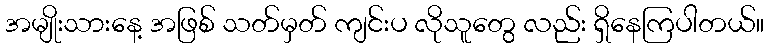
အမျိုးသားနေ့ အဖြစ် သတ်မှတ် ကျင်းပ လိုသူတွေ လည်း ရှိနေကြပါတယ်။